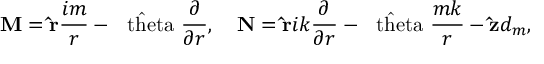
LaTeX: { \bf M } = { \bf \hat { r } } { \frac { i m } { r } } - \mathrm { \boldmath { ~ \hat { \ t h e t a } ~ } } { \frac { \partial } { \partial r } } , \quad { \bf N } = { \bf \hat { r } } i k { \frac { \partial } { \partial r } } - \mathrm { \boldmath { ~ \hat { \ t h e t a } ~ } } { \frac { m k } { r } } - { \bf \hat { z } } d _ { m } ,